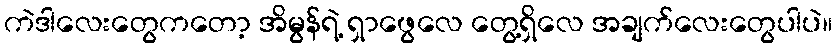
ကဲဒါလေးတွေကတော့ အိမွန်ရဲ့ ရှာဖွေလေ တွေ့ရှိလေ အချက်လေးတွေပါပဲ။